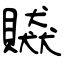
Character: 贆